65_HS1-834228961_62-HQ-83894_Section_10
Agency: FBI
Page 111
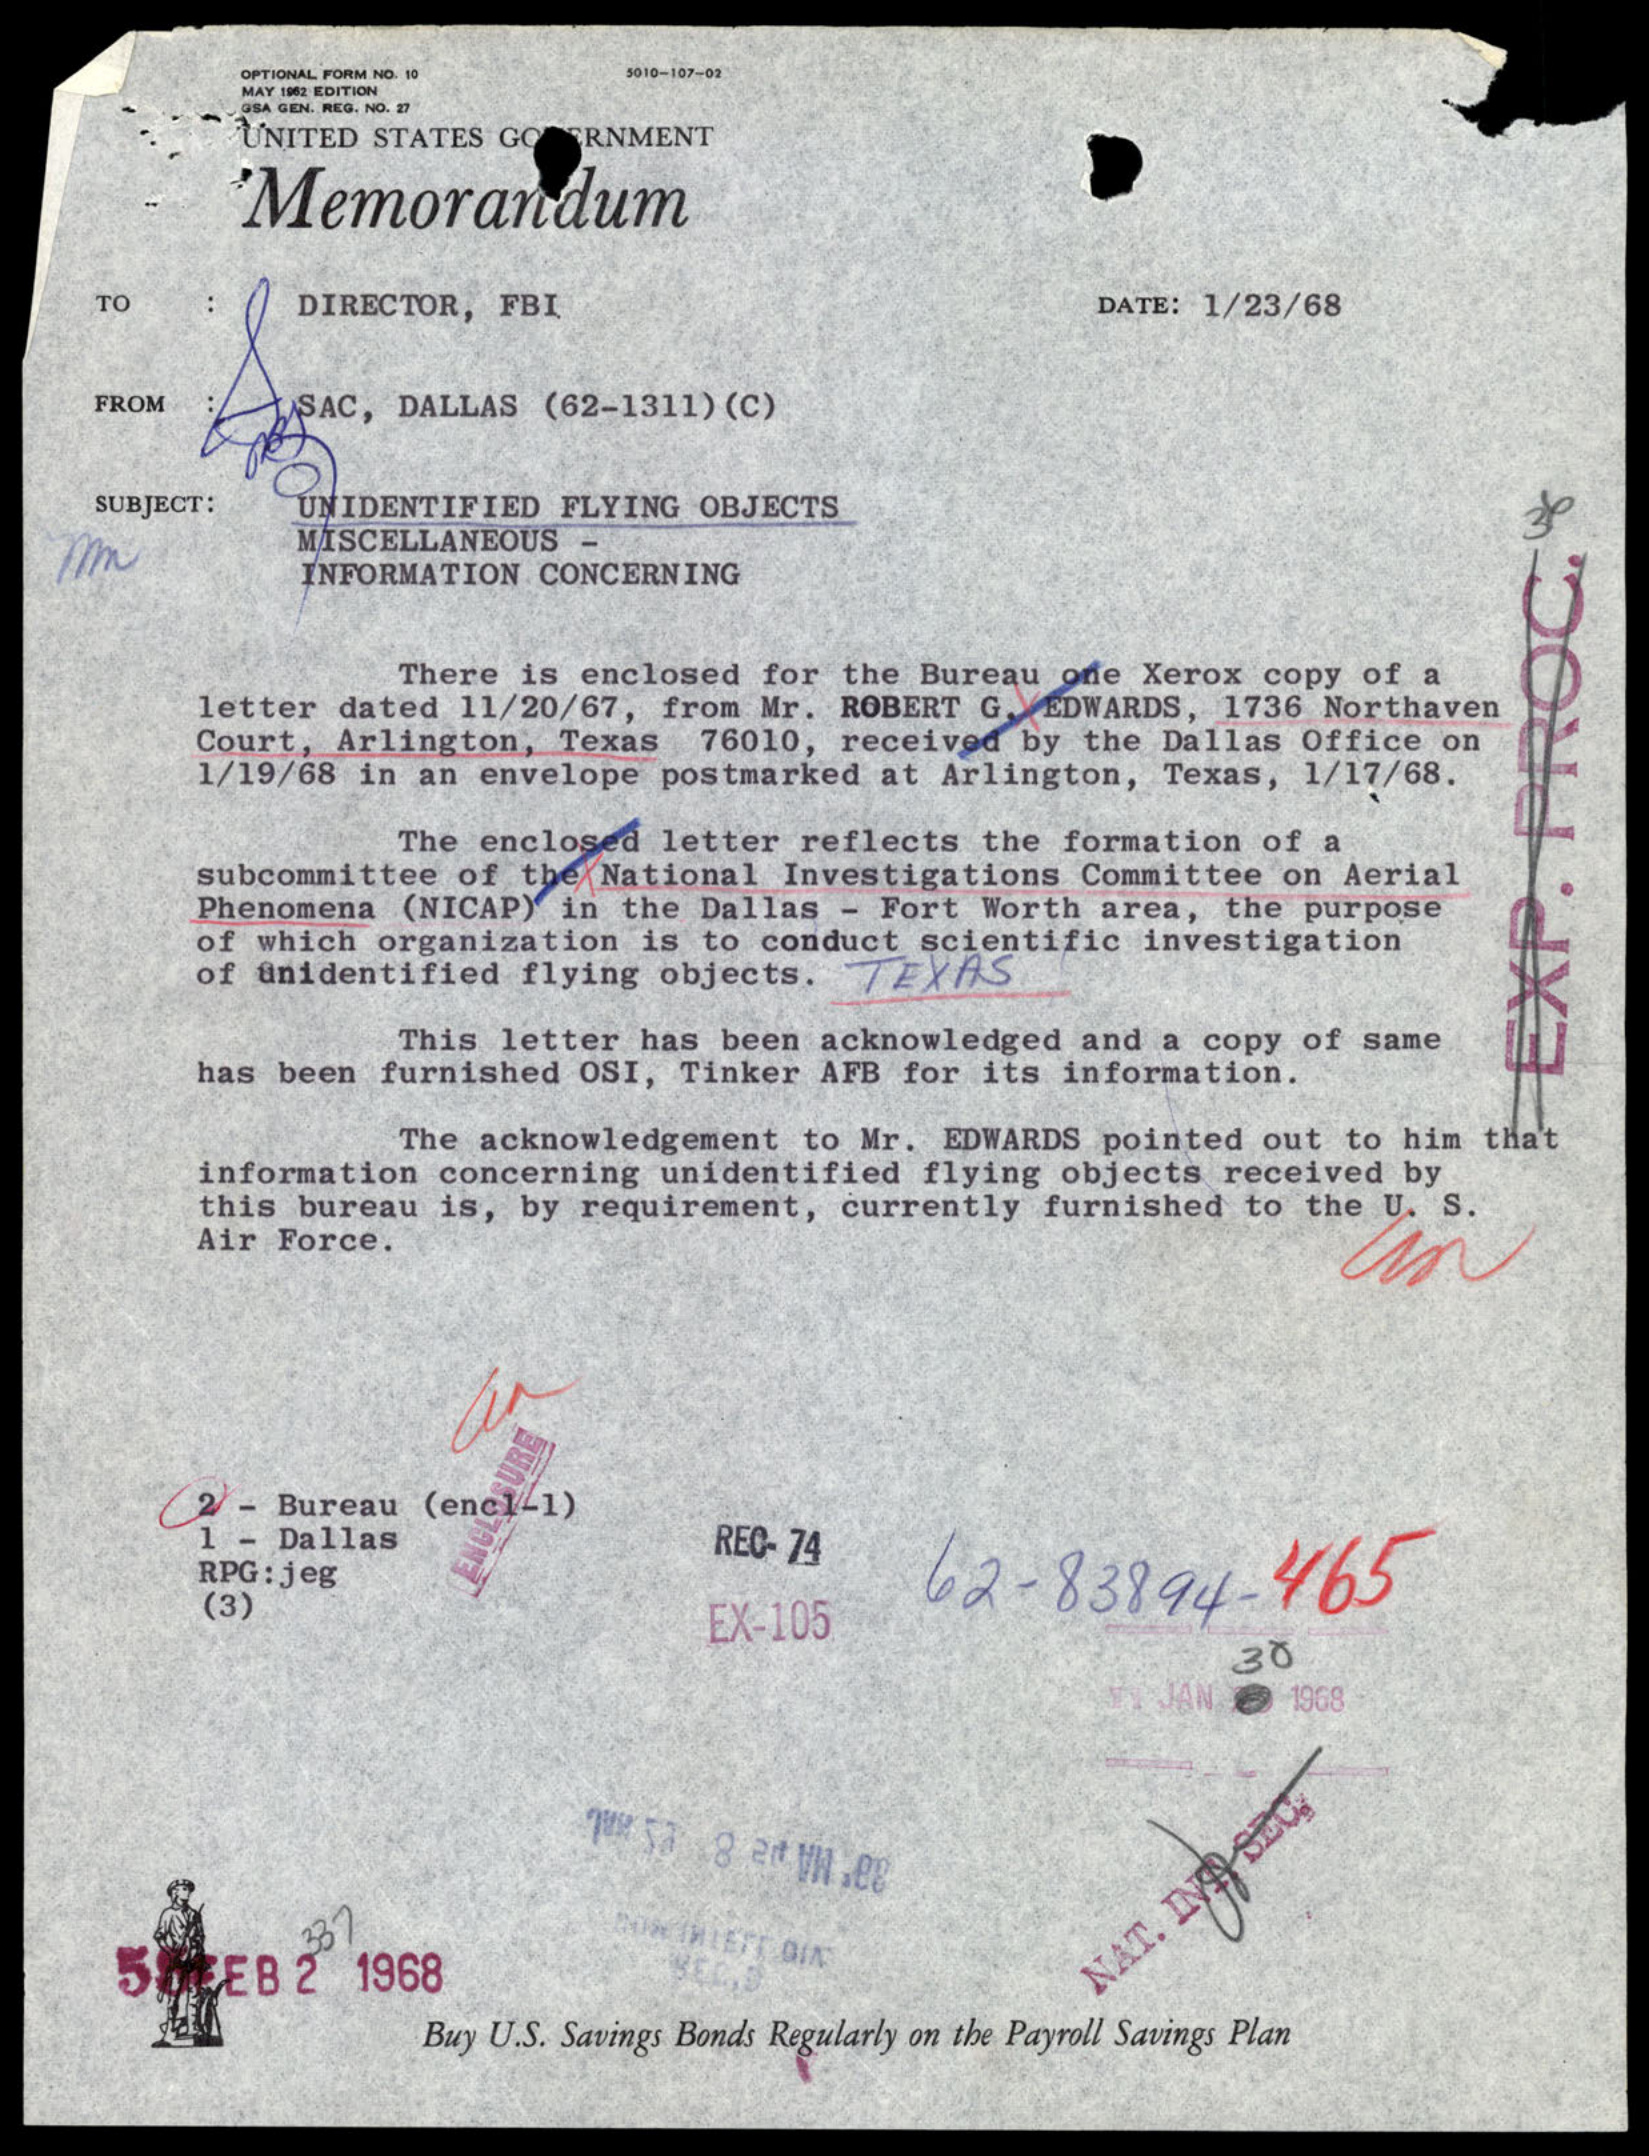